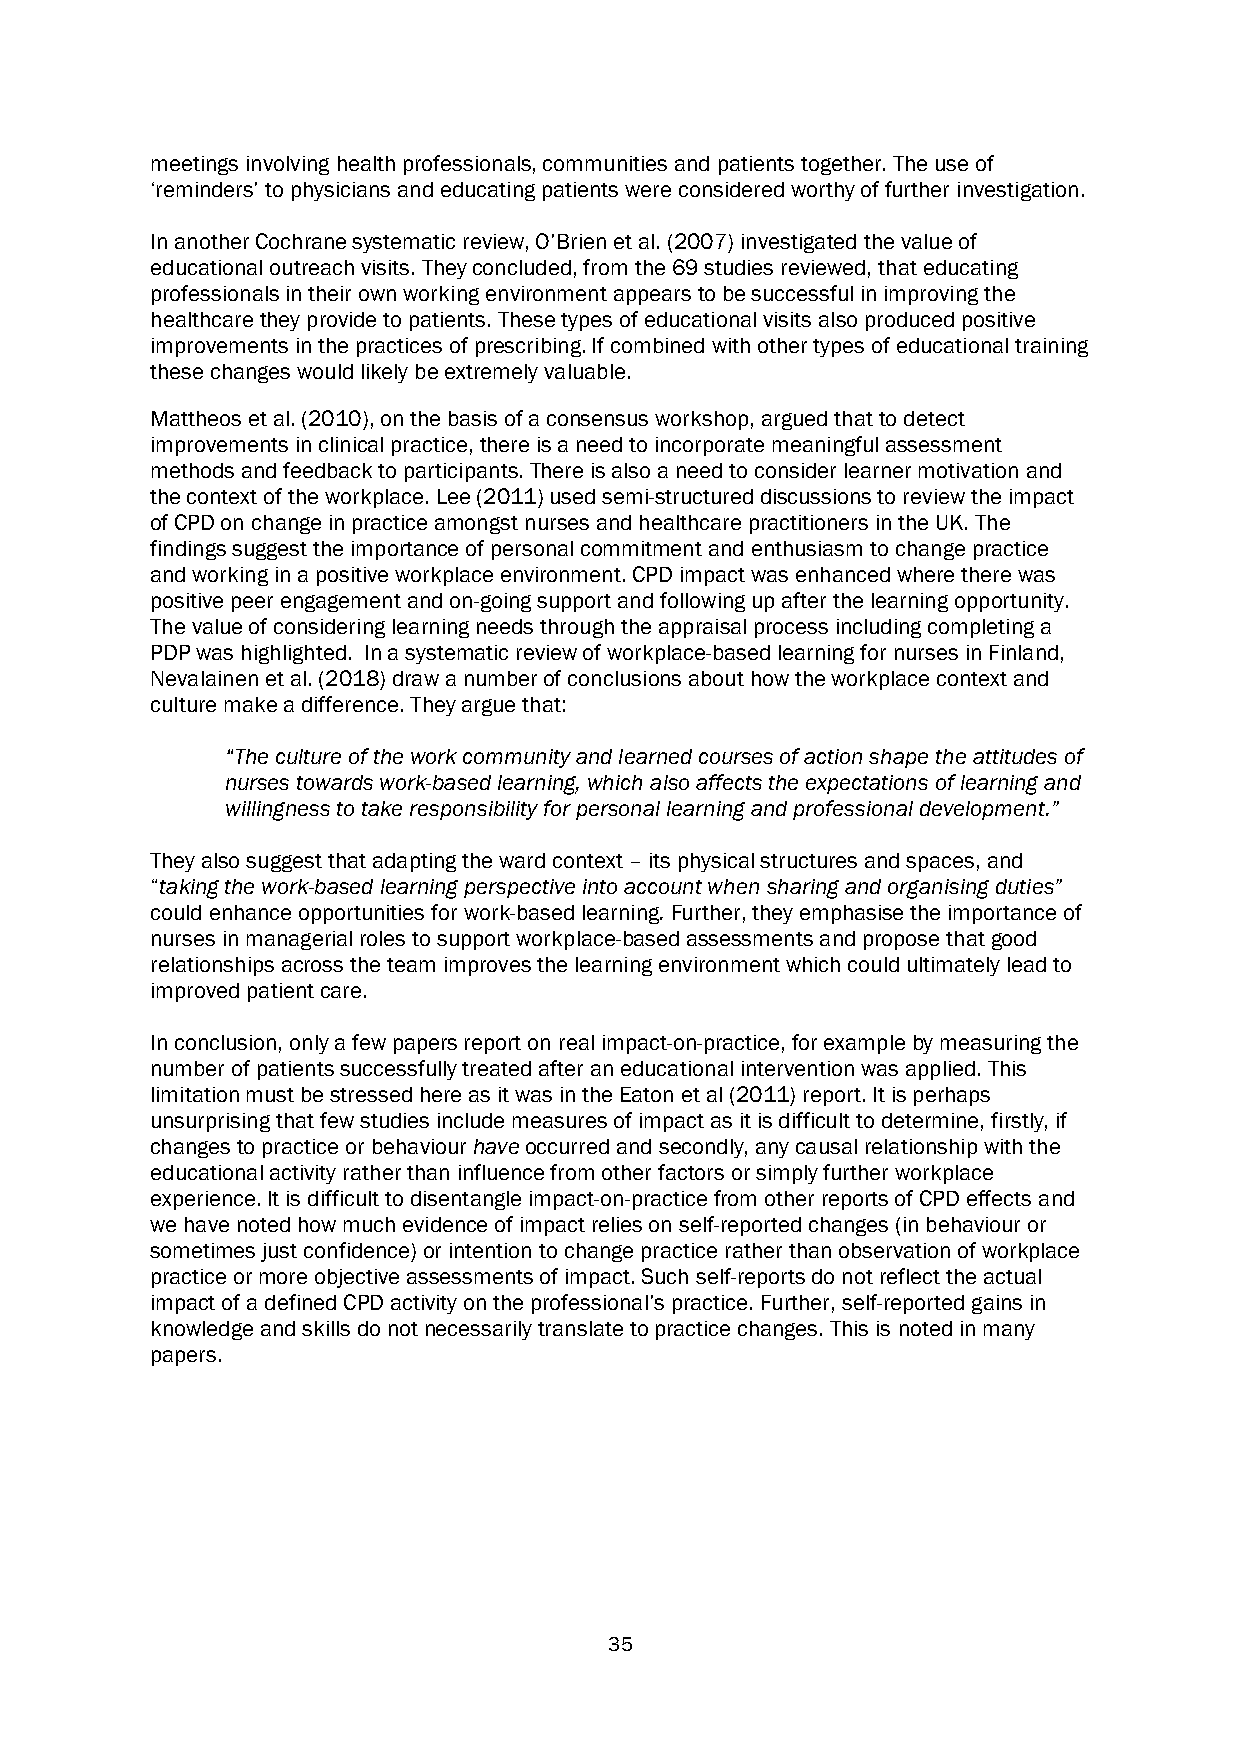
meetings involving health professionals, communities and patients together. The use of
 ‘reminders’ to physicians and educating patients were considered worthy of further investigation.
 In another Cochrane systematic review, O’Brien et al. (2007) investigated the value of
 educational outreach visits. They concluded, from the 69 studies reviewed, that educating
 professionals in their own working environment appears to be successful in improving the
 healthcare they provide to patients. These types of educational visits also produced positive
 improvements in the practices of prescribing. If combined with other types of educational training
 these changes would likely be extremely valuable.
 Mattheos et al. (2010), on the basis of a consensus workshop, argued that to detect
 improvements in clinical practice, there is a need to incorporate meaningful assessment
 methods and feedback to participants. There is also a need to consider learner motivation and
 the context of the workplace. Lee (2011) used semi-structured discussions to review the impact
 of CPD on change in practice amongst nurses and healthcare practitioners in the UK. The
 findings suggest the importance of personal commitment and enthusiasm to change practice
 and working in a positive workplace environment. CPD impact was enhanced where there was
 positive peer engagement and on-going support and following up after the learning opportunity.
 The value of considering learning needs through the appraisal process including completing a
 PDP was highlighted. In a systematic review of workplace-based learning for nurses in Finland,
 Nevalainen et al. (2018) draw a number of conclusions about how the workplace context and
 culture make a difference. They argue that:
 “The culture of the work community and learned courses of action shape the attitudes of
 nurses towards work-based learning, which also affects the expectations of learning and
 willingness to take responsibility for personal learning and professional development.”
 They also suggest that adapting the ward context – its physical structures and spaces, and
 “taking the work-based learning perspective into account when sharing and organising duties”
 could enhance opportunities for work-based learning. Further, they emphasise the importance of
 nurses in managerial roles to support workplace-based assessments and propose that good
 relationships across the team improves the learning environment which could ultimately lead to
 improved patient care.
 In conclusion, only a few papers report on real impact-on-practice, for example by measuring the
 number of patients successfully treated after an educational intervention was applied. This
 limitation must be stressed here as it was in the Eaton et al (2011) report. It is perhaps
 unsurprising that few studies include measures of impact as it is difficult to determine, firstly, if
 changes to practice or behaviour have occurred and secondly, any causal relationship with the
 educational activity rather than influence from other factors or simply further workplace
 experience. It is difficult to disentangle impact-on-practice from other reports of CPD effects and
 we have noted how much evidence of impact relies on self-reported changes (in behaviour or
 sometimes just confidence) or intention to change practice rather than observation of workplace
 practice or more objective assessments of impact. Such self-reports do not reflect the actual
 impact of a defined CPD activity on the professional’s practice. Further, self-reported gains in
 knowledge and skills do not necessarily translate to practice changes. This is noted in many
 papers.
 35